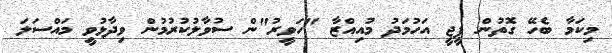
މިކަމާ ބެހޭ ގޮތުން ޕީޖީ އަހުމަދު މުއިއްޒާ "ހަވީރު"ން ސުވާލުކުރުމުން ވިދާޅުވީ މައްސަލަ